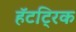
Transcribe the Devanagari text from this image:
हॅटट्रिक